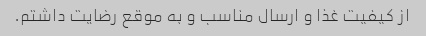
از کیفیت غذا و ارسال مناسب و به موقع رضایت داشتم.